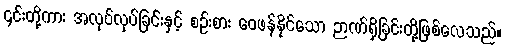
၎င်းတို့ကား အလုပ်လုပ်ခြင်းနှင့် စဉ်းစား ဝေဖန်နိုင်သော ဉာဏ်ရှိခြင်းတို့ဖြစ်လေသည်။